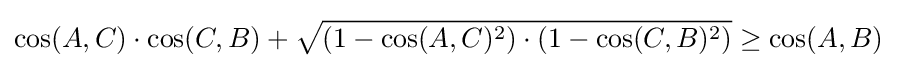
\cos(A,C)\cdot \cos(C,B)+{\sqrt {\left(1-\cos(A,C)^{2}\right)\cdot \left(1-\cos(C,B)^{2}\right)}}\geq \cos(A,B)